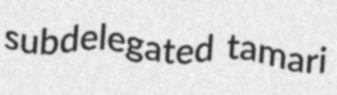
subdelegated tamari